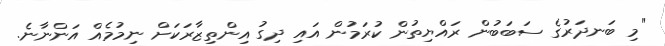
"މި ބަނދަރުގެ ސަބަބުން ރައްޔިތުން ކުރަމުން އައި ދިގު އިންތިޒާރަކަށް ނިމުމެއް އަންނާނެ.